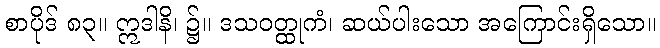
စာပိုဒ် ၈၃။ ဣဒါနိ၊ ၌။ ဒသဝတ္ထုကံ၊ ဆယ်ပါးသော အကြောင်းရှိသော။